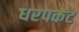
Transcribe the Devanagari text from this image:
धरपकट